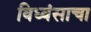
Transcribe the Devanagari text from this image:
विध्वंसाचा